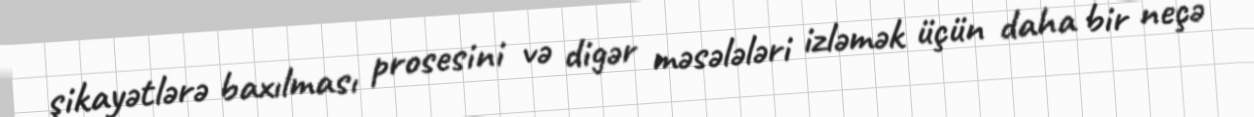
şikayətlərə baxılması prosesini və digər məsələləri izləmək üçün daha bir neçə